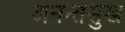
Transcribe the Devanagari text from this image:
अनन्तसुख